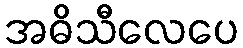
အဓိသီလေပေ